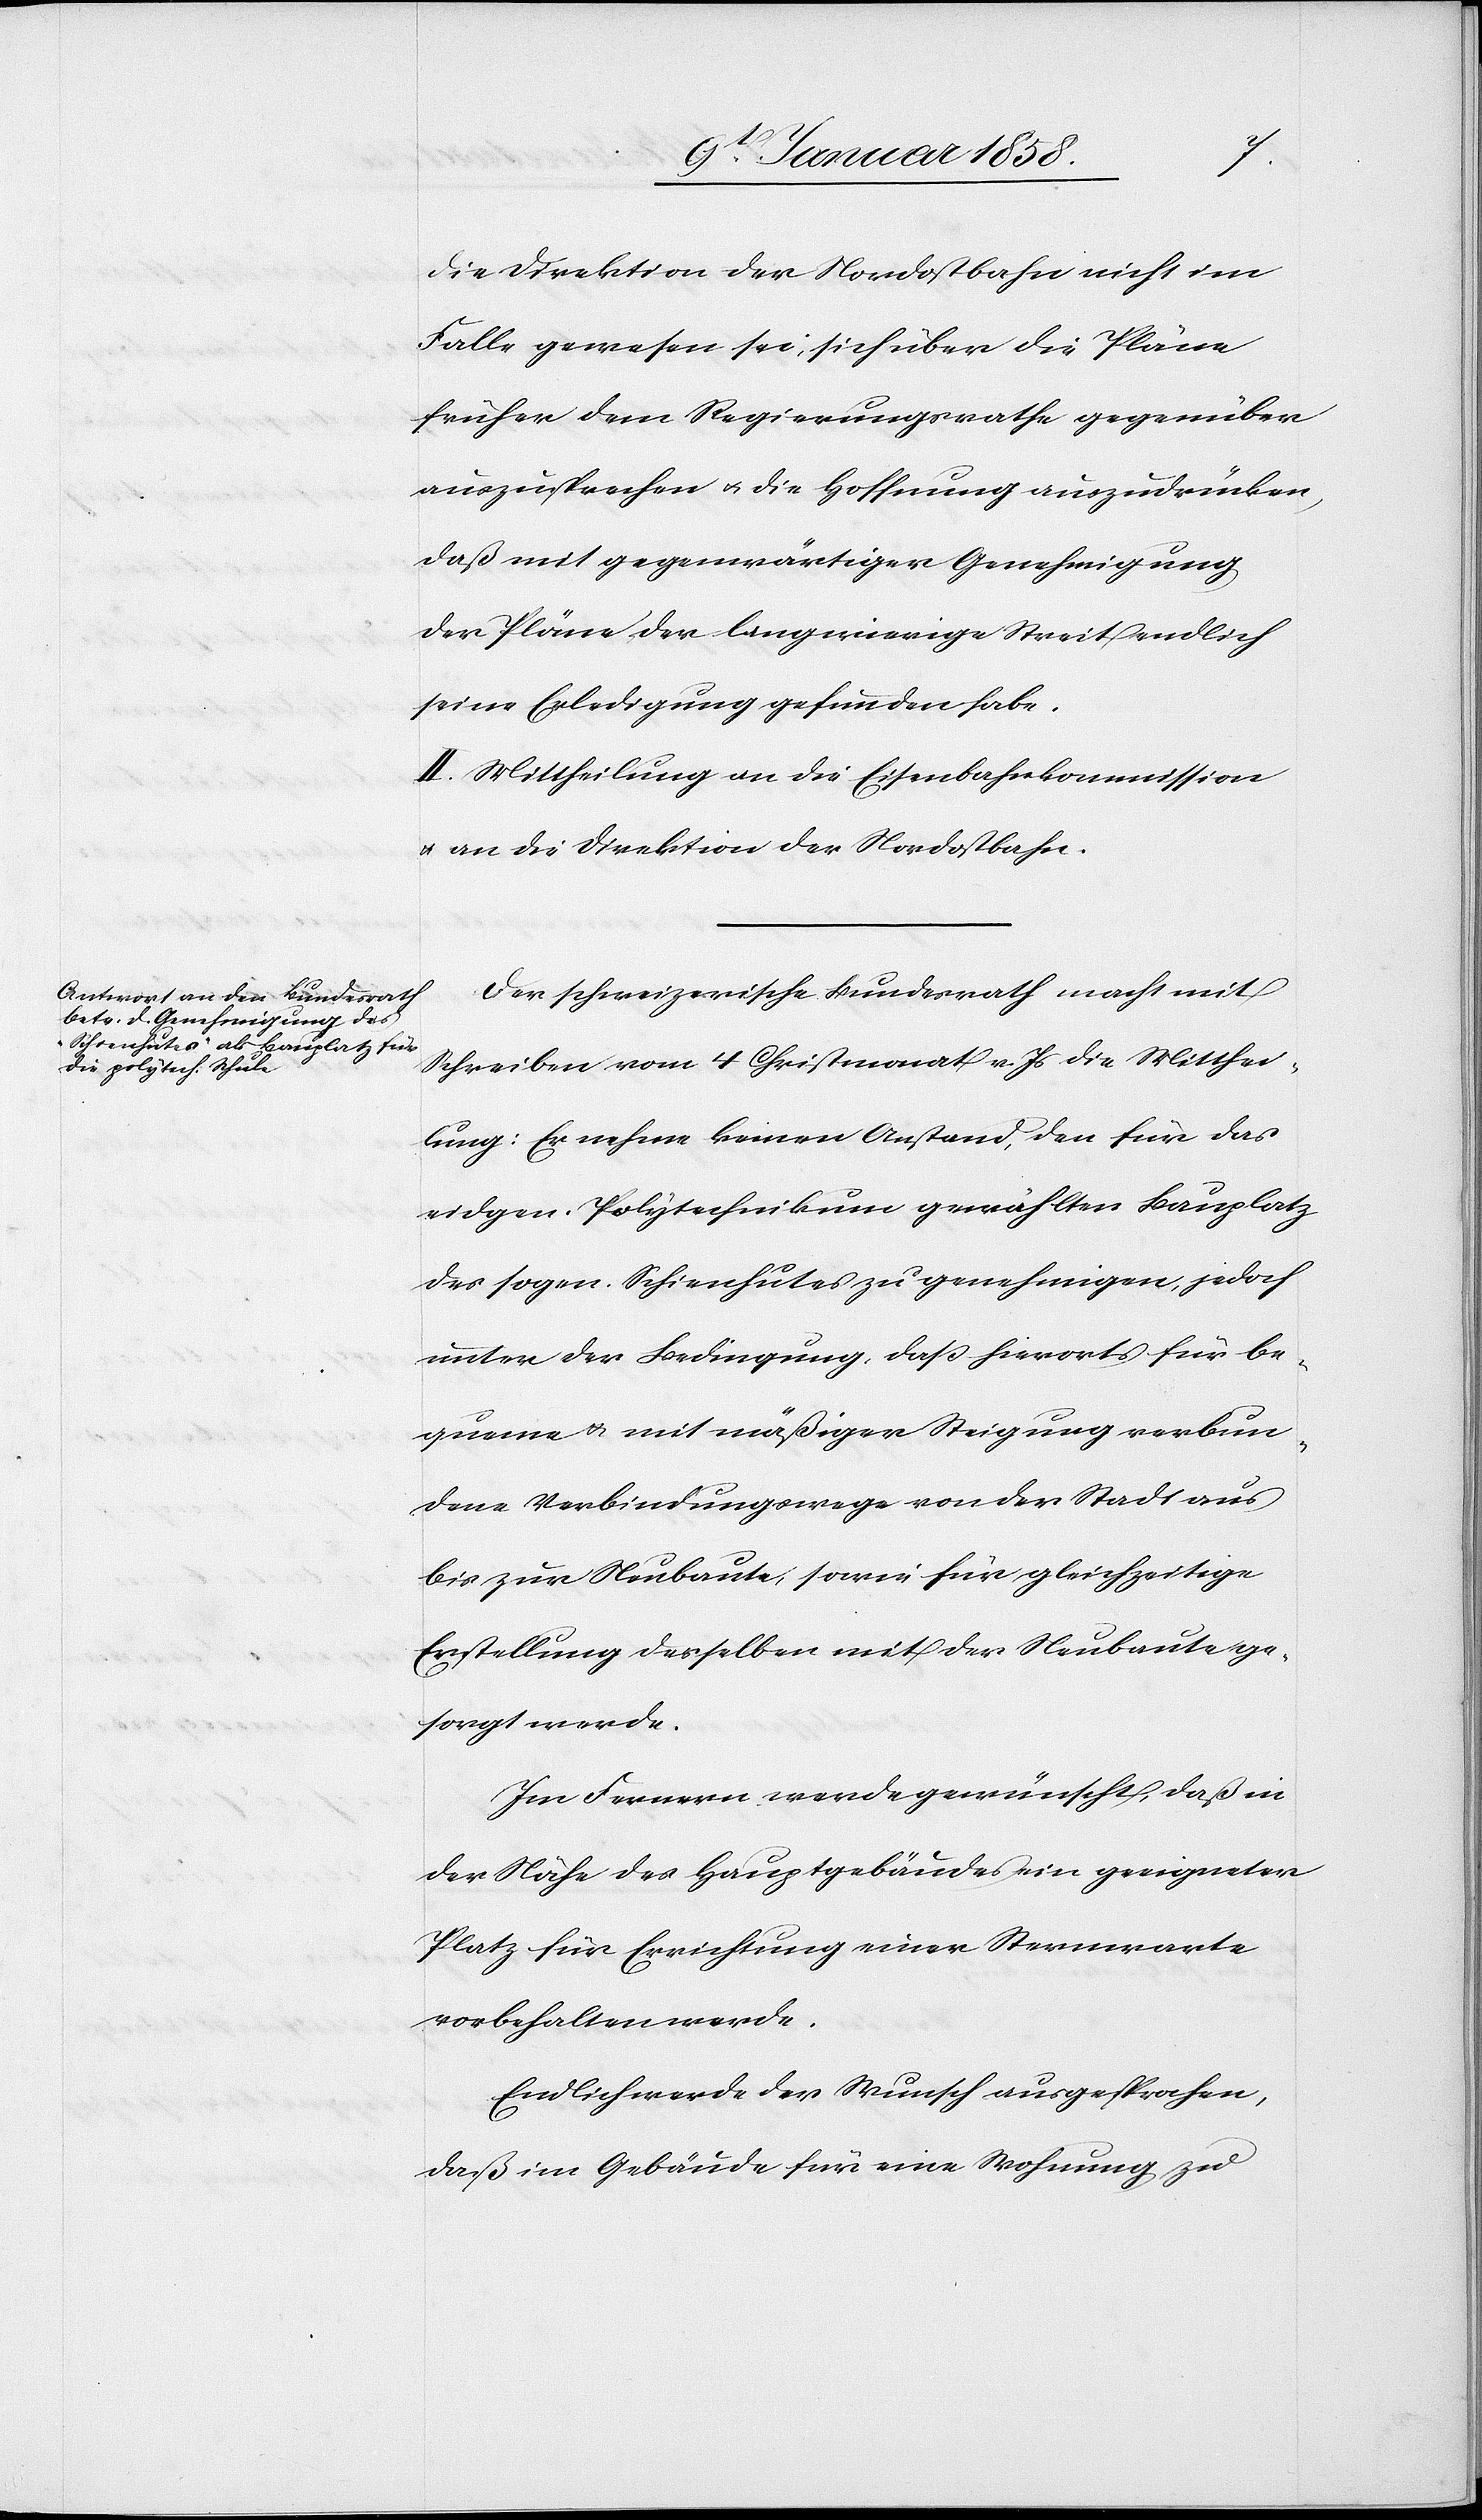
die Direktion der Nordostbahn nicht im
Falle gewesen sei, sich über die Pläne
früher dem Regierungsrathe gegenüber
auszusprechen u. die Hoffnung auszudrücken,
daß mit gegenwärtiger Genehmigung
der Pläne der langwierige Streit endlich
seine Erledigung gefunden habe.
II. Mittheilung an die Eisenbahnkommission
u. an die Direktion der Nordostbahn.
Der schweizerische Bundesrath macht mit
Schreiben vom 4 Christmonat v. Js die Mitthei¬
lung: Er nehme keinen Anstand, den für das
eidgen. Polytechnikum gewählten Bauplatz
des sogen. Schienhutes zu genehmigen, jedoch
unter der Bedingung, daß hierorts für be¬
queme u. mit mäßiger Steigung verbun¬
dene Verbindungswege von der Stadt aus
bis zur Neubaute, sowie für gleichzeitige
Erstellung derselben mit der Neubaute ge¬
sorgt werde.
Im Fernern werde gewünscht, daß in
der Nähe des Hauptgebäudes ein geeigneter
Platz für Errichtung einer Sternwarte
vorbehalten werde.
Endlich werde der Wunsch ausgesprochen,
daß im Gebäude für eine Wohnung zu